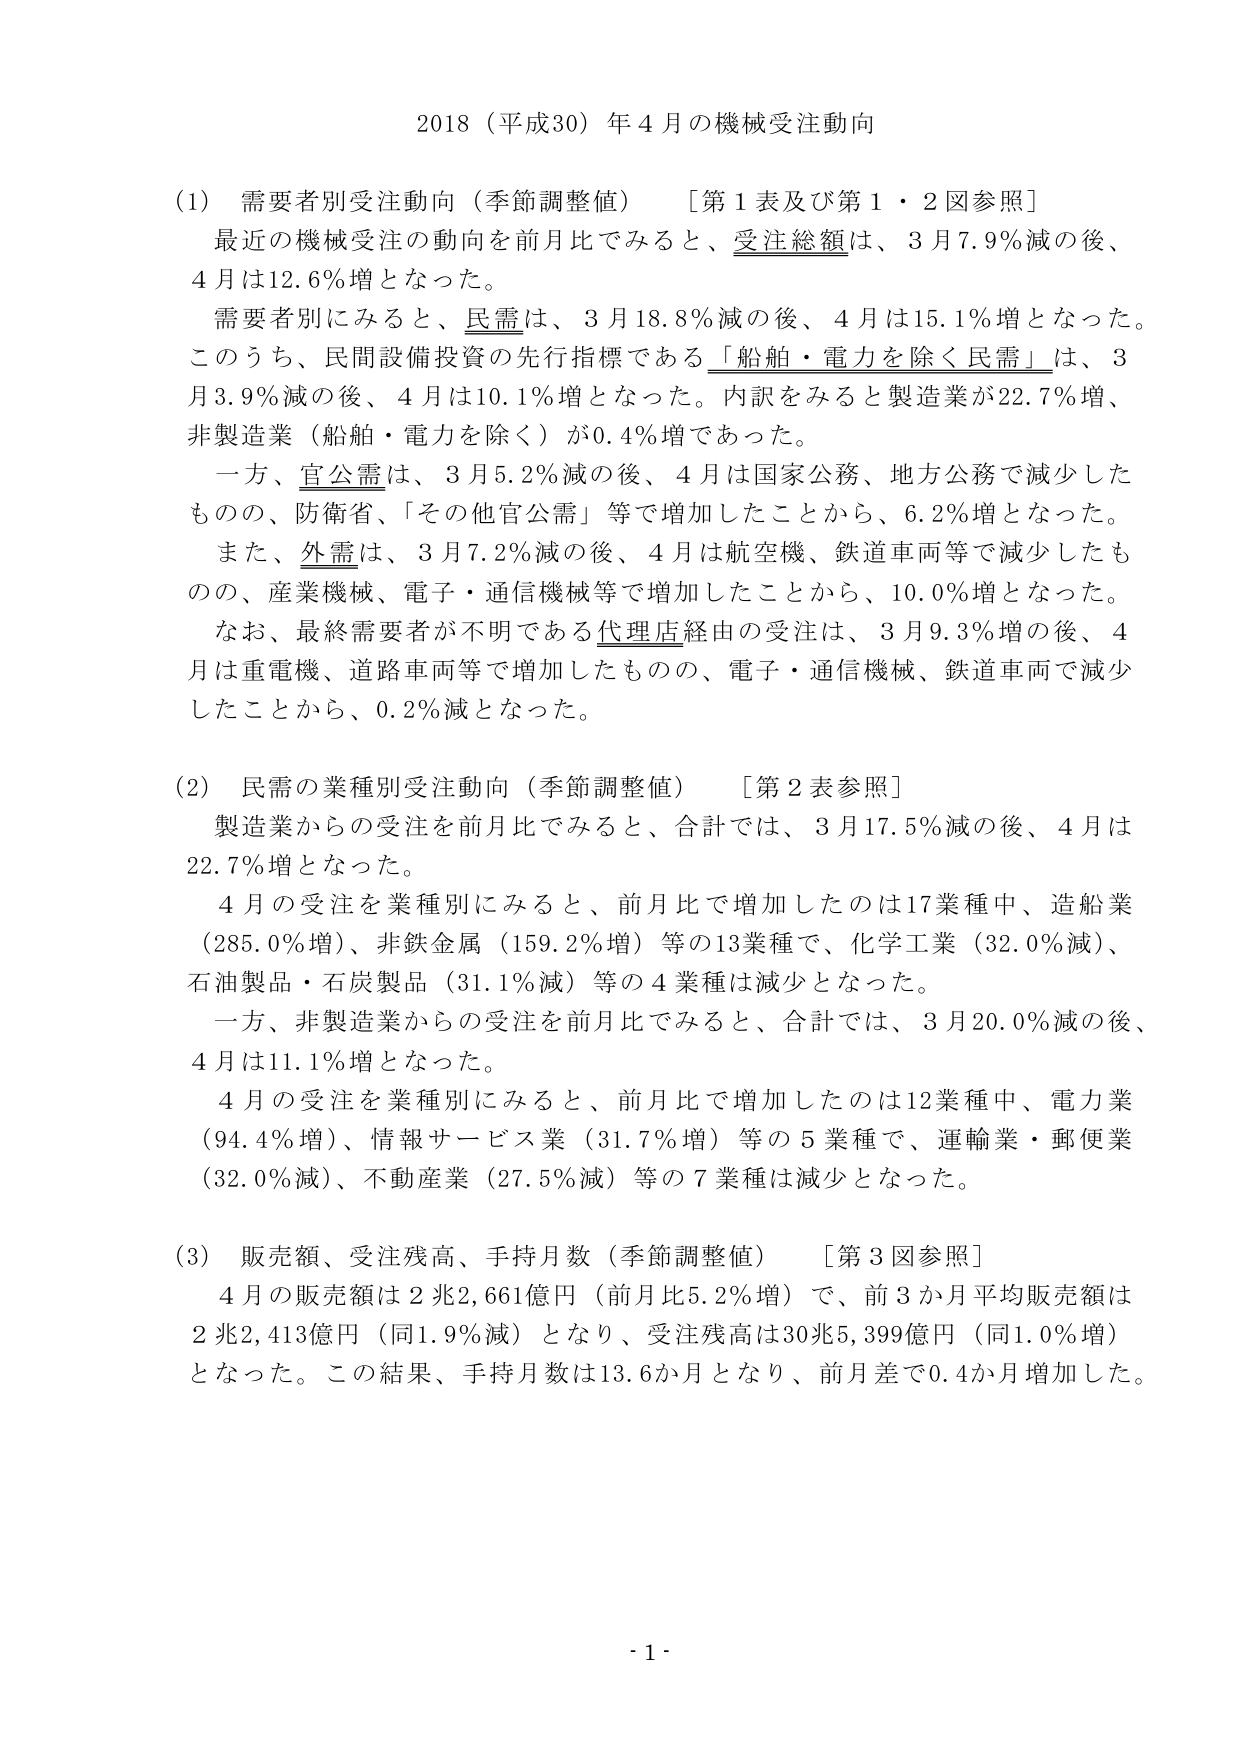
2018（平成30）年4月の機械受注動向

(1) 需要者別受注動向（季節調整値）　［第1表及び第1・2図参照］
最近の機械受注の動向を前月比でみると、受注総額は、3月7.9％減の後、4月は12.6％増となった。
需要者別にみると、民需は、3月18.8％減の後、4月は15.1％増となった。このうち、民間設備投資の先行指標である「船舶・電力を除く民需」は、3月3.9％減の後、4月は10.1％増となった。内訳をみると製造業が22.7％増、非製造業（船舶・電力を除く）が0.4％増であった。
一方、官公需は、3月5.2％減の後、4月は国家公務、地方公務で減少したものの、防衛省、「その他官公需」等で増加したことから、6.2％増となった。
また、外需は、3月7.2％減の後、4月は航空機、鉄道車両等で減少したものの、産業機械、電子・通信機械等で増加したことから、10.0％増となった。
なお、最終需要者が不明である代理店経由の受注は、3月9.3％増の後、4月は重電機、道路車両等で増加したものの、電子・通信機械、鉄道車両で減少したことから、0.2％減となった。

(2) 民需の業種別受注動向（季節調整値）　［第2表参照］
製造業からの受注を前月比でみると、合計では、3月17.5％減の後、4月は22.7％増となった。
4月の受注を業種別にみると、前月比で増加したのは17業種中、造船業（285.0％増）、非鉄金属（159.2％増）等の13業種で、化学工業（32.0％減）、石油製品・石炭製品（31.1％減）等の4業種は減少となった。
一方、非製造業からの受注を前月比でみると、合計では、3月20.0％減の後、4月は11.1％増となった。
4月の受注を業種別にみると、前月比で増加したのは12業種中、電力業（94.4％増）、情報サービス業（31.7％増）等の5業種で、運輸業・郵便業（32.0％減）、不動産業（27.5％減）等の7業種は減少となった。

(3) 販売額、受注残高、手持月数（季節調整値）　［第3図参照］
4月の販売額は2兆2,661億円（前月比5.2％増）で、前3か月平均販売額は2兆2,413億円（同1.9％減）となり、受注残高は30兆5,399億円（同1.0％増）となった。この結果、手持月数は13.6か月となり、前月差で0.4か月増加した。

- 1 -